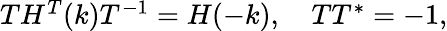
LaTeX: \begin{array}{r}{TH^{T}(k)T^{-1}=H(-k),\quad TT^{*}=-1,}\end{array}